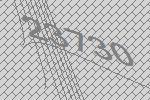
23730